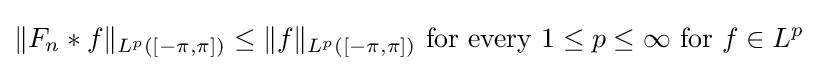
\|F_{n}*f\|_{L^{p}([-\pi ,\pi ])}\leq \|f\|_{L^{p}([-\pi ,\pi ])}{\text{ for every }}1\leq p\leq \infty \ {\text{for}}\ f\in L^{p}